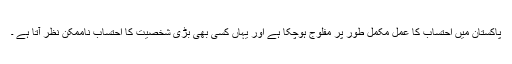
پاکستان میں احتساب کا عمل مکمل طور پر مفلوج ہوچکا ہے اور یہاں کسی بھی بڑی شخصیت کا احتساب ناممکن نظر آتا ہے ۔